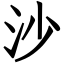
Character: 沙